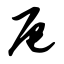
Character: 厄